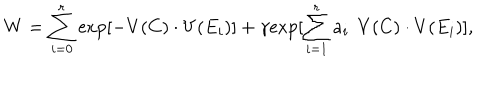
W = \sum _ { i = 0 } ^ { r } \mathrm { e x p } [ - V ( C ) \cdot V ( E _ { i } ) ] + \gamma \mathrm { e x p } [ \sum _ { i = 1 } ^ { r } a _ { i } \: \: V ( C ) \cdot V ( E _ { i } ) ] ,